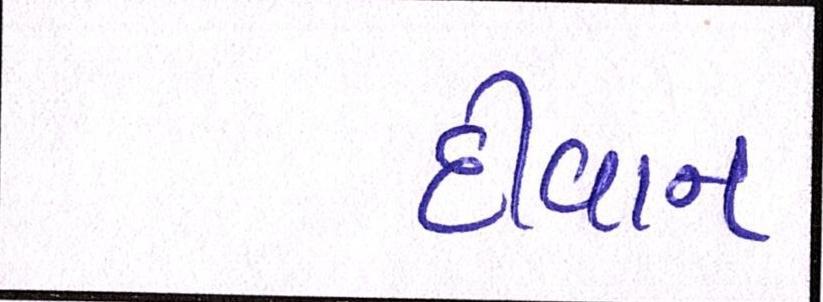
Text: દીવાન